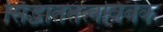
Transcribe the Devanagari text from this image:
सिद्धांततत्वविवेक